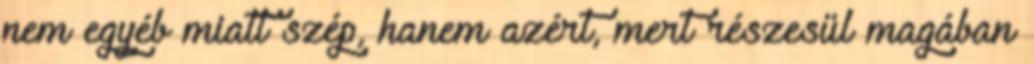
nem egyéb miatt szép, hanem azért, mert részesül magában